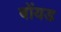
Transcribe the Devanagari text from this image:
बोंयड